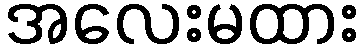
အလေးမထား